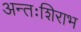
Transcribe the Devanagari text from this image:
अन्तःशिराभ